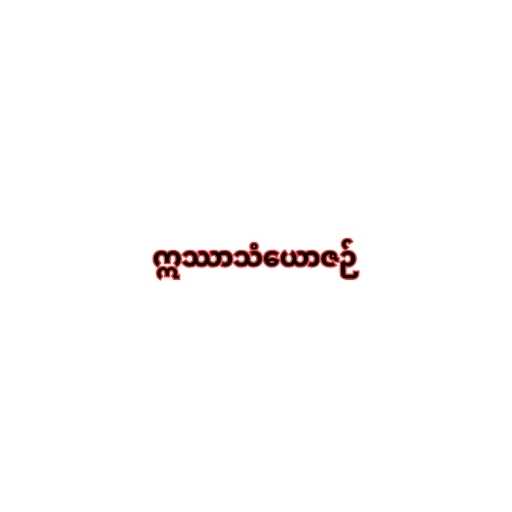
ဣဿာသံယောဇဉ်